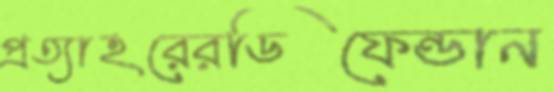
প্রত্যাহরেরডিফেন্ডান